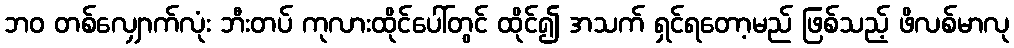
ဘဝ တစ်လျှောက်လုံး ဘီးတပ် ကုလားထိုင်ပေါ်တွင် ထိုင်၍ အသက် ရှင်ရတော့မည် ဖြစ်သည့် ဖိလစ်မာလု